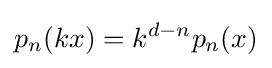
p_{n}(kx)=k^{d-n}p_{n}(x)